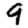
Digit: 9